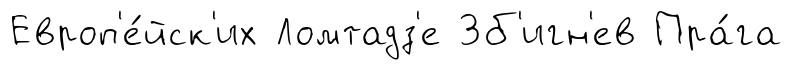
Европ'е́йск'их Ломтадз'е Зб'игн'ев Пра́га